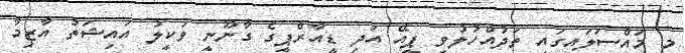
މި މައްސަލައިގައި ތަދުއްހުލުވި ޕީއޭ އަދި ޑީއާރްޕީގެ ގާނޫނީ ވަކީލު އައިޝަތު އާޒިމާ